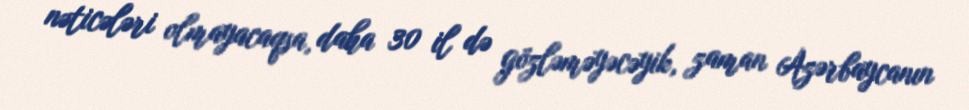
nəticələri olmayacaqsa, daha 30 il də gözləməyəcəyik, zaman Azərbaycanın